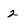
Character: 2